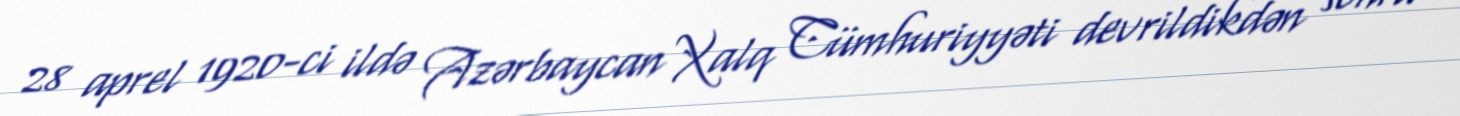
28 aprel 1920-ci ildə Azərbaycan Xalq Cümhuriyyəti devrildikdən sonra